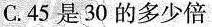
C. 45 是 30 的多少倍